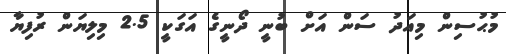
މުޙުސިން މިއަދު ސަން އަށް ބުނީ ދޯނީގެ އަގަކީ 2.5 މިލިޔަން ރުފިޔާ